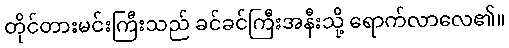
တိုင်တားမင်းကြီးသည် ခင်ခင်ကြီးအနီးသို့ ရောက်လာလေ၏။